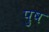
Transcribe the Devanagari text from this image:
पुष